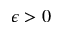
\epsilon > 0